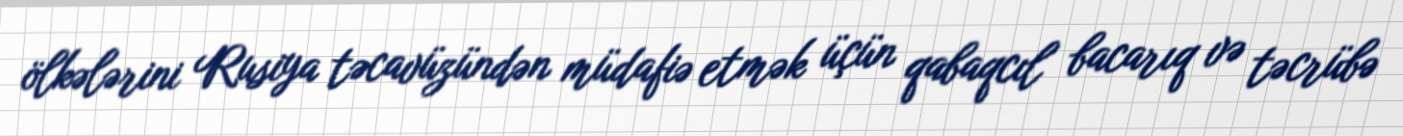
ölkələrini Rusiya təcavüzündən müdafiə etmək üçün qabaqcıl bacarıq və təcrübə